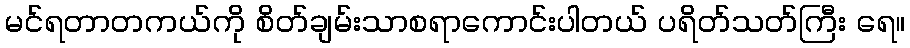
မင်ရတာတကယ်ကို စိတ်ချမ်းသာစရာကောင်းပါတယ် ပရိတ်သတ်ကြီး ရေ။